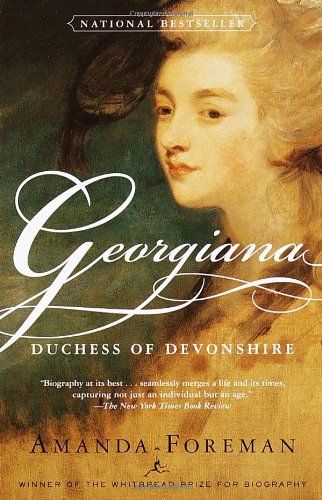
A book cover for Georgiana: Duchess of Devonshire; Amanda Foreman; Biographies & Memoirs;